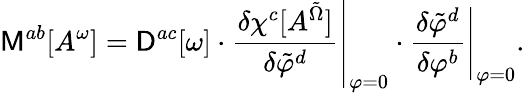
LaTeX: {\sf M}^{ab}[A^{\omega}]={\sf D}^{ac}[\omega]\cdot\left.\frac{\delta\chi^{c}[A^{\tilde{\Omega}}]}{\delta\tilde{\varphi}^{d}}\right|_{\varphi=0}\cdot\left.\frac{\delta\tilde{\varphi}^{d}}{\delta\varphi^{b}}\right|_{\varphi=0}.